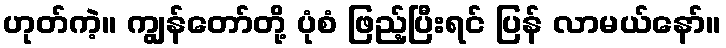
ဟုတ်ကဲ့။ ကျွန်တော်တို့ ပုံစံ ဖြည့်ပြီးရင် ပြန် လာမယ်နော်။